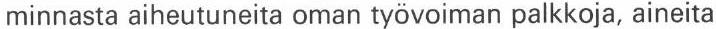
minnasta aiheutuneita oman työvoiman palkkoja, aineita